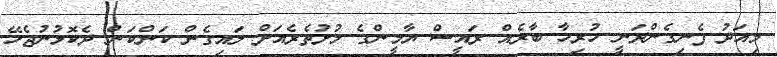
މިއަދު ފެނިގެންދަނީ ހުރިހާ ބާރެއް ރައީސް ޔާމީންގެ މުށުތެރެއަށް ލައިގެން ކަންކަން ދެކޮޅުނުޖެހޭ